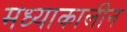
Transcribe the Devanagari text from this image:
मध्याकालीन